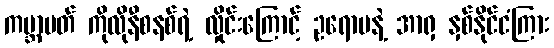
ကမ္ဘာပတ် ကိုလိုနီစနစ်ရဲ့ လှိုင်းကြောင့် ဥရောပနဲ့ အာရှ နှစ်နိုင်ငံကြား